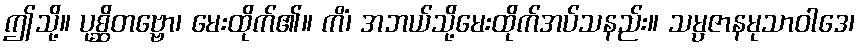
ဤသို့။ ပုစ္ဆိတဗ္ဗော၊ မေးထိုက်၏။ ကိံ၊ အဘယ်သို့မေးထိုက်အပ်သနည်း။ သမ္ပဇာနမုသာဝါဒေ၊